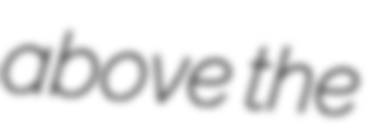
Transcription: above the